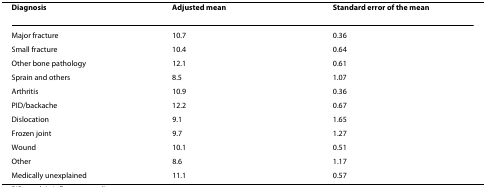
<table><thead><tr><td><b>Diagnosis</b></td><td><b>Adjusted mean</b></td><td><b>Standard error of the mean</b></td></tr></thead><tbody><tr><td>Major fracture</td><td>10.7</td><td>0.36</td></tr><tr><td>Small fracture</td><td>10.4</td><td>0.64</td></tr><tr><td>Other bone pathology</td><td>12.1</td><td>0.61</td></tr><tr><td>Sprain and others</td><td>8.5</td><td>1.07</td></tr><tr><td>Arthritis</td><td>10.9</td><td>0.36</td></tr><tr><td>PID/backache</td><td>12.2</td><td>0.67</td></tr><tr><td>Dislocation</td><td>9.1</td><td>1.65</td></tr><tr><td>Frozen joint</td><td>9.7</td><td>1.27</td></tr><tr><td>Wound</td><td>10.1</td><td>0.51</td></tr><tr><td>Other</td><td>8.6</td><td>1.17</td></tr><tr><td>Medically unexplained</td><td>11.1</td><td>0.57</td></tr></tbody></table>